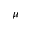
\mu